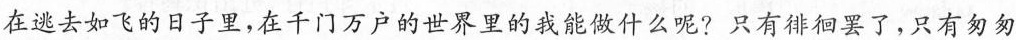
在逃去如飞的日子里，在千门万户的世界里的我能做什么呢?只有徘徊罢了，只有匆匆